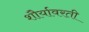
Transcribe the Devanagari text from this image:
शौर्यावरती